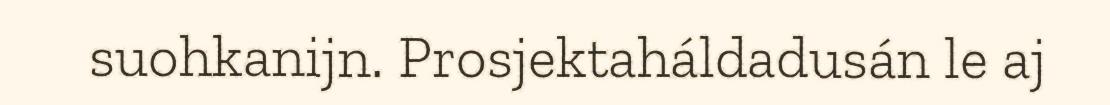
suohkanijn. Prosjektaháldadusán le aj